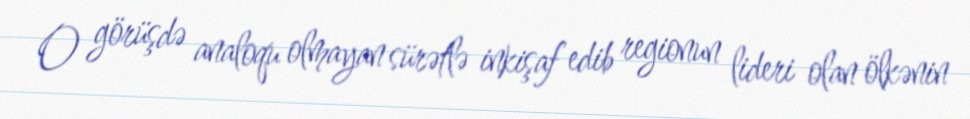
O görüşdə analoqu olmayan sürətlə inkişaf edib regionun lideri olan ölkənin